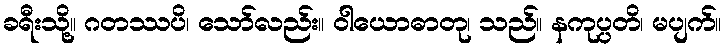
ခရီးသို့။ ဂတဿပိ၊ သော်လည်း။ ဝါယောဓာတု၊ သည်။ နကုပ္ပတိ၊ မပျက်။